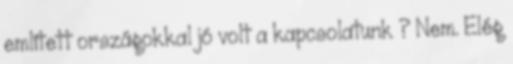
említett országokkal jó volt a kapcsolatunk ? Nem. Elég